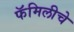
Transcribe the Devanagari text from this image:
फॅमिलीचे